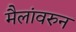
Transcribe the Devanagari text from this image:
मैलांवरुन